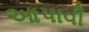
આપાવી